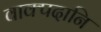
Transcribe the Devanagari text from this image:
वाक्पदानि